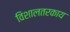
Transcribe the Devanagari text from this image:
विशालतरकाय